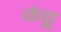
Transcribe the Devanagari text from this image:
कंडू